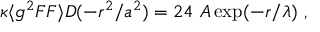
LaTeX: \kappa \langle g ^ { 2 } F F \rangle D ( - r ^ { 2 } / a ^ { 2 } ) = 2 4 ~ A \exp ( - r / \lambda ) ~ ,